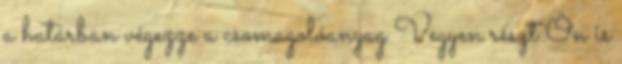
a határban végezze a csomagolóanyag Vegyen részt Ön is